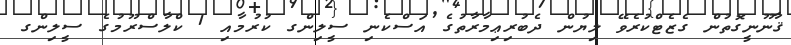
ޤާނޫނީގޮތުން ގެޒެޓްކުރެވޭ ލިޔުން ދެބުރިޢިމާރާތުގެ އަސްކެނި ސީލިންގ ކުރުމާއި 1 ކްލާސްރޫމުގެ ސީލިންގ